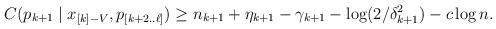
LaTeX: \begin{align*}C(p_{k+1} \mid x_{[k]-V}, p_{[k+2 ..\ell]}) & \geq n_{k+1} + \eta_{k+1} -\gamma_{k+1} - \log (2/\delta^2_{k+1}) - c \log n. \end{align*}